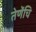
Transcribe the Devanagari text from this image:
तेणेंचि